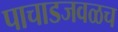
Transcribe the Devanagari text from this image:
पाचाडजवळच